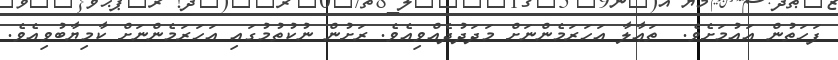
ފަހަތުން އައުމަށެވެ.  ތަޢާލާ އަހަރަމެންނަށް މަދަދުދެއްވިއެވެ. ރަށުން ނުކުތުމުގައި އަހަރަމެންނަށް ކާމިޔާބުވިއެވެ.